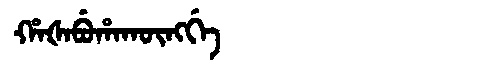
Manchu: ᡥᠠᡧᠠᠪᡠᡥᠠᡴᡡᠩᡤᡝ
Romanization: HAŠABUHAKŪNGGE